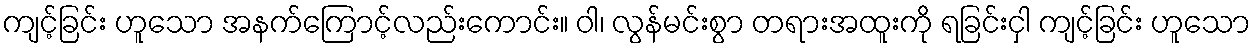
ကျင့်ခြင်း ဟူသော အနက်ကြောင့်လည်းကောင်း။ ဝါ၊ လွန်မင်းစွာ တရားအထူးကို ရခြင်းငှါ ကျင့်ခြင်း ဟူသော